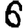
Digit: 6